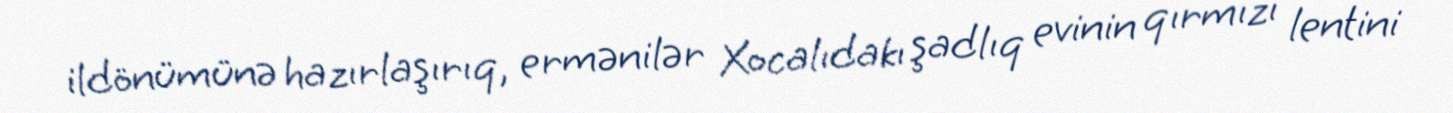
ildönümünə hazırlaşırıq, ermənilər Xocalıdakı şadlıq evinin qırmızı lentini